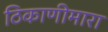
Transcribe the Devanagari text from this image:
ठिकाणीमारा